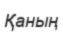
Қаның